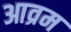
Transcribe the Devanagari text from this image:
आव्रम